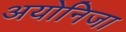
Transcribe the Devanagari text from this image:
अयोनिजा